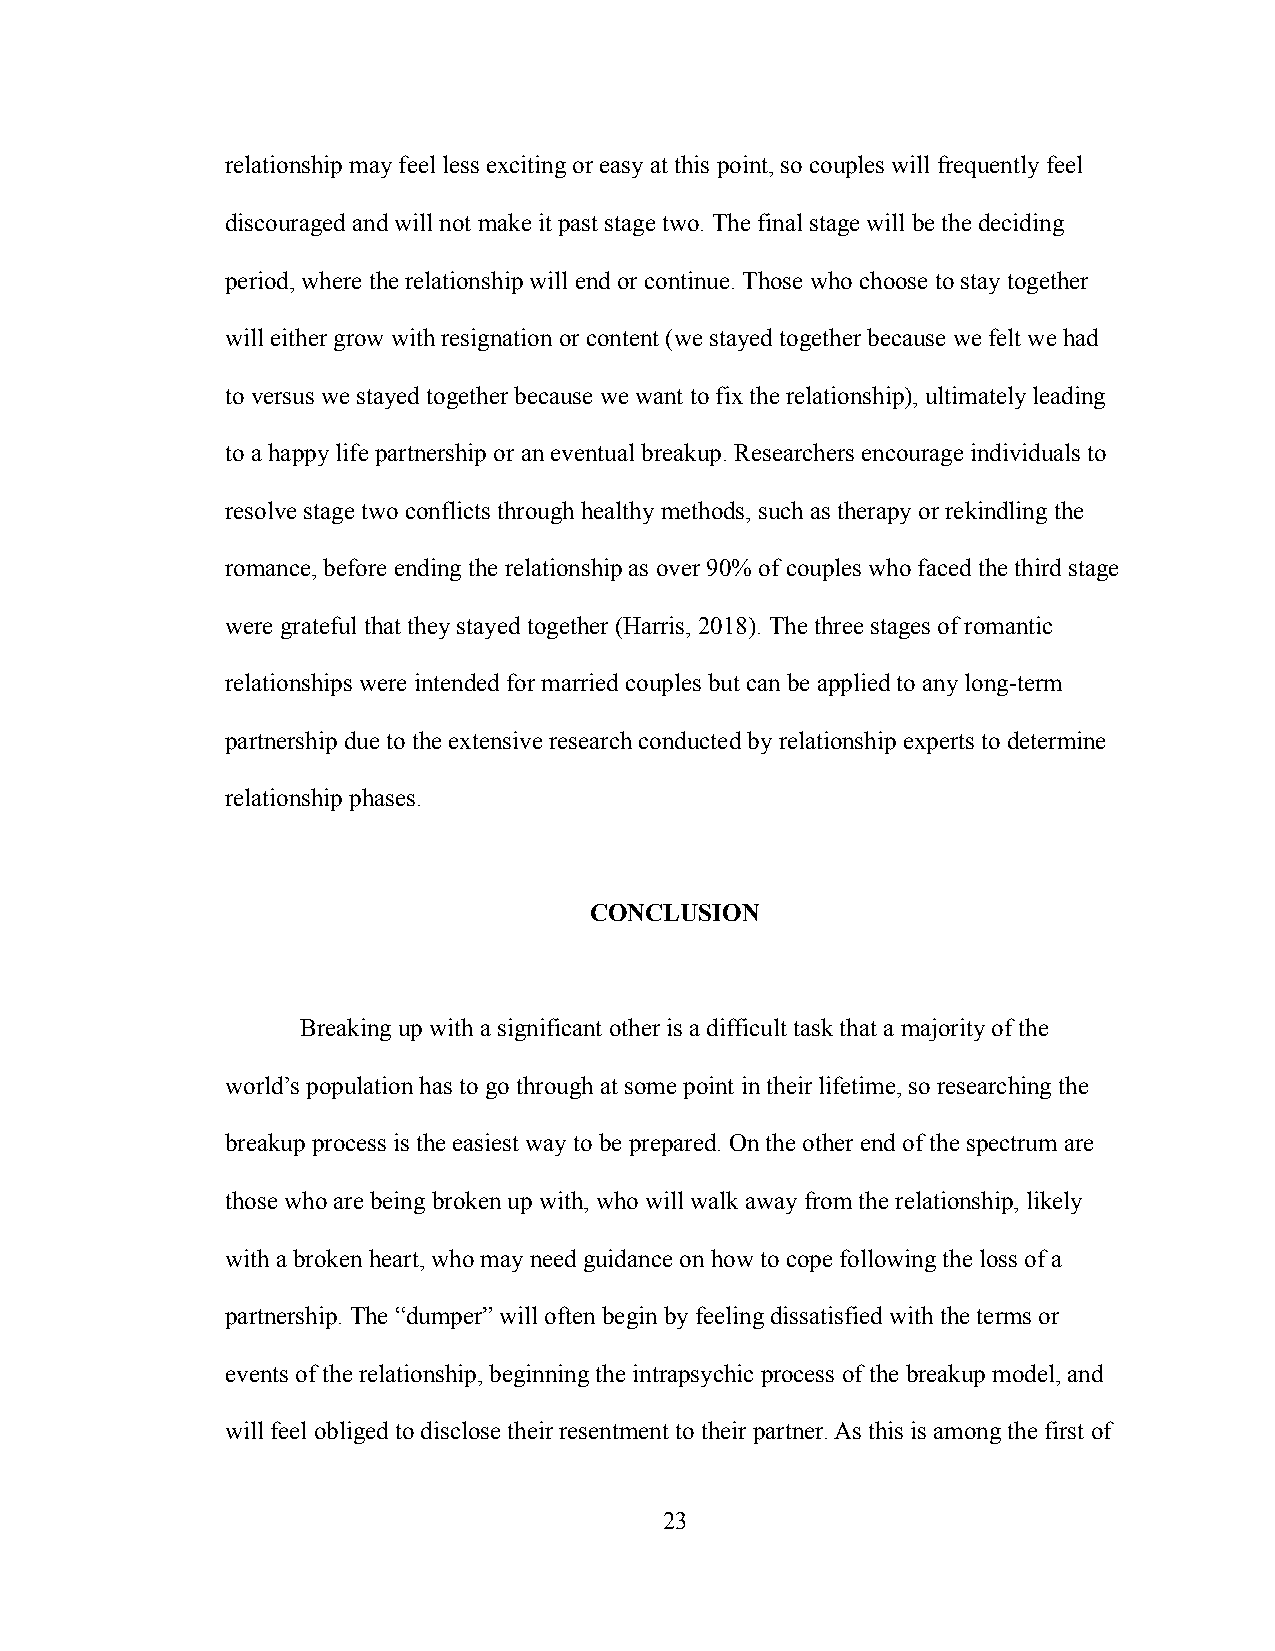
relationship may feel less exciting or easy at this point, so couples will frequently feel
 discouraged and will not make it past stage two. The final stage will be the deciding
 period, where the relationship will end or continue. Those who choose to stay together
 will either grow with resignation or content (we stayed together because we felt we had
 to versus we stayed together because we want to fix the relationship), ultimately leading
 to a happy life partnership or an eventual breakup. Researchers encourage individuals to
 resolve stage two conflicts through healthy methods, such as therapy or rekindling the
 romance, before ending the relationship as over 90% of couples who faced the third stage
 were grateful that they stayed together (Harris, 2018). The three stages of romantic
 relationships were intended for married couples but can be applied to any long-term
 partnership due to the extensive research conducted by relationship experts to determine
 relationship phases.
 CONCLUSION
 Breaking up with a significant other is a difficult task that a majority of the
 world’s population has to go through at some point in their lifetime, so researching the
 breakup process is the easiest way to be prepared. On the other end of the spectrum are
 those who are being broken up with, who will walk away from the relationship, likely
 with a broken heart, who may need guidance on how to cope following the loss of a
 partnership. The “dumper” will often begin by feeling dissatisfied with the terms or
 events of the relationship, beginning the intrapsychic process of the breakup model, and
 will feel obliged to disclose their resentment to their partner. As this is among the first of
 23